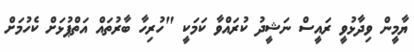
ޔާމީން ވިދާޅުވީ ރައީސް ނަޝީދު ކުރައްވާ ކަމަކީ "ހުރިހާ ބާރުތައް އަތްޕުޅަށް ކެހުމަށް